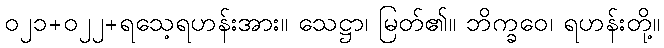
၀၂၁+၀၂၂+ရသေ့ရဟန်းအား။ သေဋ္ဌာ၊ မြတ်၏။ ဘိက္ခဝေ၊ ရဟန်းတို့။